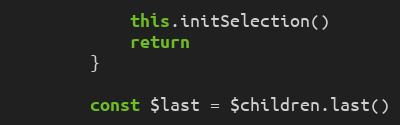
Language: JavaScript
            this.initSelection()
            return
        }

        const $last = $children.last()